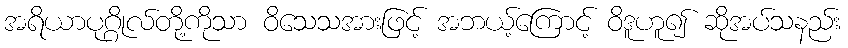
အရိယာပုဂ္ဂိုလ်တို့ကိုသာ ဝိသေသအားဖြင့် အဘယ့်ကြောင့် ဝိဒူဟူ၍ ဆိုအပ်သနည်း